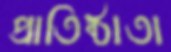
প্রাতিষ্ঠাতা